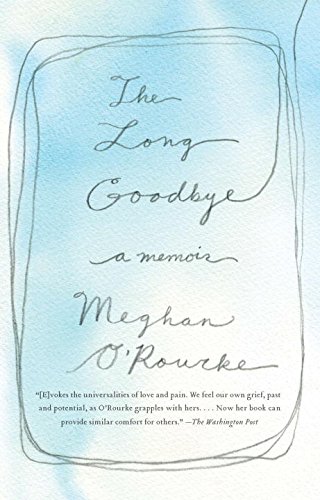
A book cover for The Long Goodbye: A Memoir; Meghan O'Rourke; Self-Help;